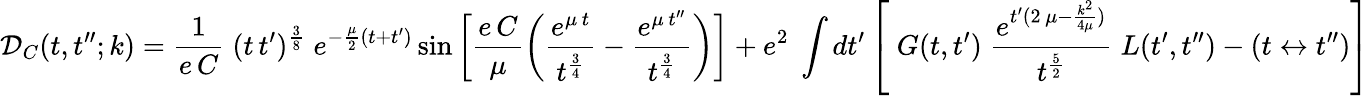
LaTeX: \mathcal{D}_{C}(t,t^{\prime\prime};k)=\frac{1}{e\, C}\; (t\, t^{\prime})^{\frac 38}\; e^{-\frac{\mu}{2}(t+t^{\prime})}\sin\left[\frac{e\, C}{\mu}\left(\frac{e^{\mu\, t}}{t^{\frac 34}}-\frac{e^{\mu\, t^{\prime\prime}}}{t^{\frac 34}}\right)\right]+e^{2}\; \int dt^{\prime}\left[\; G(t,t^{\prime})\; \frac{e^{t^{\prime}(2\, \mu-\frac{k^{2}}{4\mu})}}{t^{\frac 52}}\; L(t^{\prime},t^{\prime\prime})-(t\leftrightarrow t^{\prime\prime})\right]